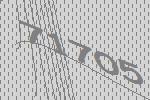
71705